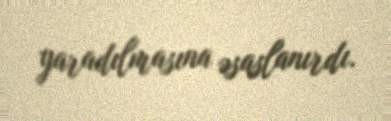
yaradılmasına əsaslanırdı.